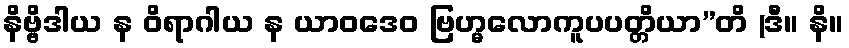
နိဗ္ဗိဒါယ န ဝိရာဂါယ န ယာဝဒေဝ ဗြဟ္မလောကူပပတ္တိယာ”တိ (ဒီ။ နိ။